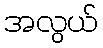
အလွယ်